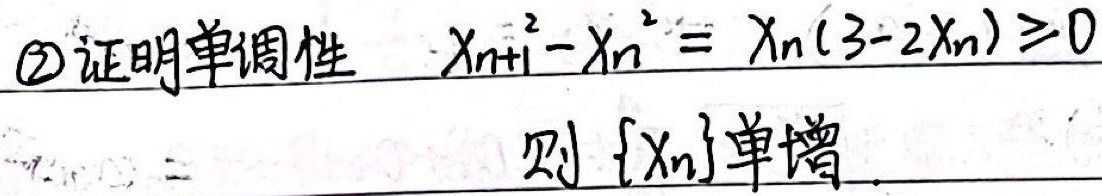
\textcircled{2} 证明单调性 $\quad x_{n + 1}^{2}-x_{n}^{2}=x_{n}(3 - 2x_{n})\geq0$，则 $\{x_{n}\}$ 单增.